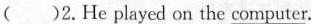
( )2.He played on the \underline{computer}.